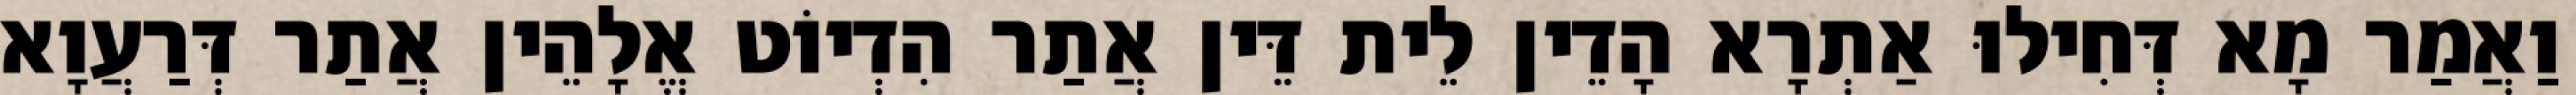
וַאֲמַר מָא דְּחִילוּ אַתְרָא הָדֵין לֵית דֵּין אֲתַר הִדְיוֹט אֱלָהֵין אֲתַר דְּרַעֲוָא